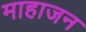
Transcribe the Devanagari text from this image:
माहाजन